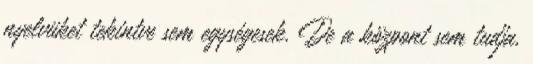
nyelvüket tekintve sem egységesek. De a központ sem tudja,